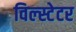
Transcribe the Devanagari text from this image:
विल्स्टेटर